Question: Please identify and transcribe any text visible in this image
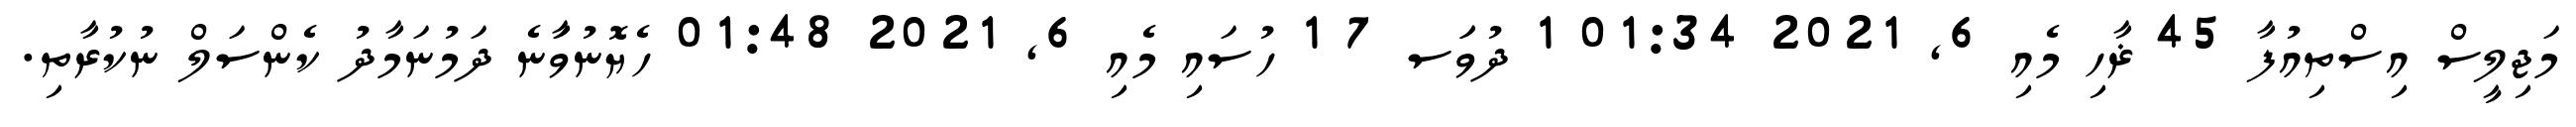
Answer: މަޖިލީސް އިސްތިއުފާ 45 ޜާހި މެއި 6, 2021 01:34 1 ދުވަަސ 7 1 ހުސައި މެއި 6, 2021 01:48 ހެޔޮނުވަާނެ ދަމުނަމާދު ކެންސަލް ނުކުރާތި.